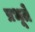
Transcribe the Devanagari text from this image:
प्रभूते